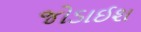
જોડાઈશ